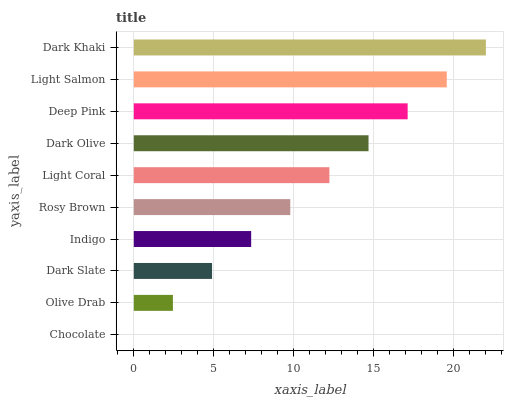
| yaxis_label | bars |
 | --- | --- |
 | Chocolate | 0 |
 | Olive Drab | 2.45 |
 | Dark Slate | 4.89 |
 | Indigo | 7.34 |
 | Rosy Brown | 9.79 |
 | Light Coral | 12.2 |
 | Dark Olive | 14.7 |
 | Deep Pink | 17.1 |
 | Light Salmon | 19.6 |
 | Dark Khaki | 22 |